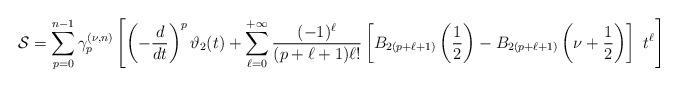
LaTeX: \begin{align*}\mathcal{S}=\sum\limits_{p=0}^{n-1}\gamma _{p}^{(\nu ,n)}\left[ \left( -\frac{d}{dt}\right) ^{p}\vartheta _{2}(t)+\sum\limits_{\ell =0}^{+\infty}\frac{(-1)^{\ell}}{(p+\ell +1)\ell !}\left[ B_{2(p+\ell +1)}\left(\frac{1}{2}\right)-B_{2(p+\ell +1)}\left(\nu+\frac{1}{2}\right)\right] \ t^{\ell }\right] \end{align*}